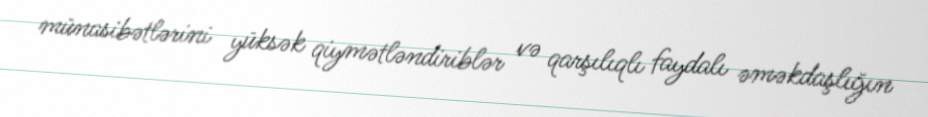
münasibətlərini yüksək qiymətləndiriblər və qarşılıqlı faydalı əməkdaşlığın